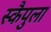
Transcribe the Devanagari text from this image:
स्कैपुला